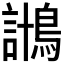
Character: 𱈱